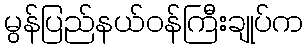
မွန်ပြည်နယ်ဝန်ကြီးချုပ်က